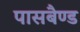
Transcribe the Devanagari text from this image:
पासबैण्ड